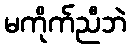
မကိုက်ညီဘဲ